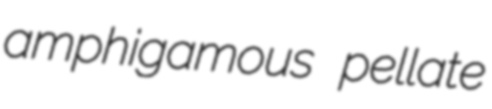
amphigamous pellate